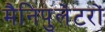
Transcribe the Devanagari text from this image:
मैनिपुलेटरों